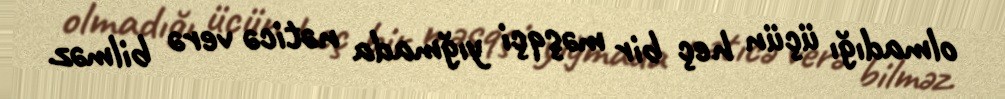
olmadığı üçün heç bir məşqçi yığmada nəticə verə bilməz.